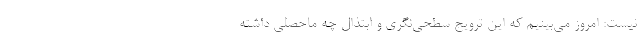
نیست: امروز می‌بینیم که این ترویج سطحی‌نگری و ابتذال چه ماحصلی داشته